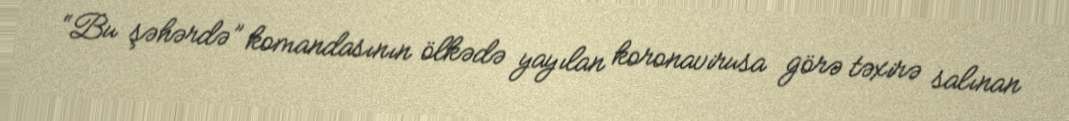
“Bu şəhərdə” komandasının ölkədə yayılan koronavirusa görə təxirə salınan